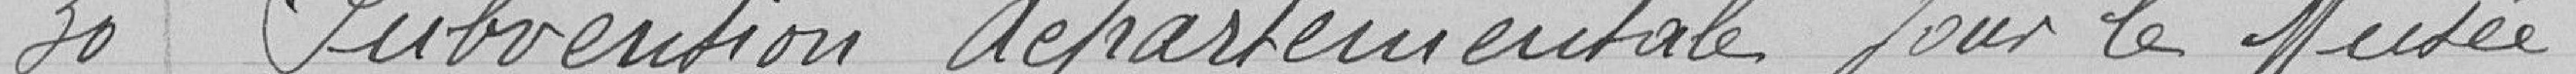
30 Subvention départementale pour le Musée